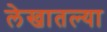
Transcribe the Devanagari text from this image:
लेखातल्या